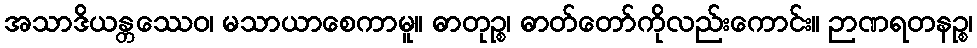
အသာဒိယန္တဿေဝ၊ မသာယာစေကာမူ။ ဓာတုဉ္စ၊ ဓာတ်တော်ကိုလည်းကောင်း။ ဉာဏရတနဉ္စ၊